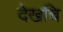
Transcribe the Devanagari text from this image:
देखचि